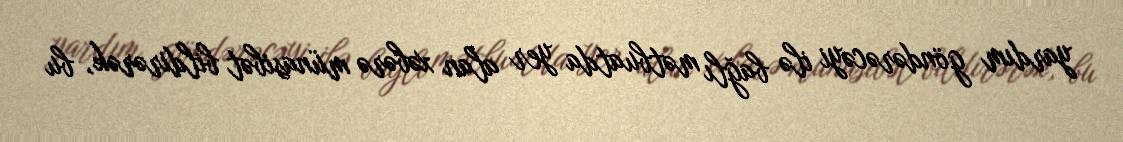
yardım göndərəcəyi ilə bağlı mətbuatda yer alan xəbərə münasibət bildirərək, bu